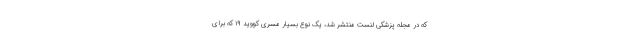
که در مجله پزشکی لنست منتشر شد، یک نوع بسیار مسری کووید ۱۹ که برای